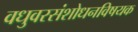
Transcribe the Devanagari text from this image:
वधुवरसंशोधनविषयक